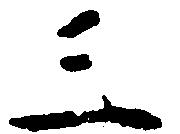
三